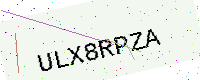
Text: ULX8RPZA